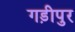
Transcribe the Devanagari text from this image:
गड़ीपुर